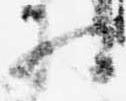
相